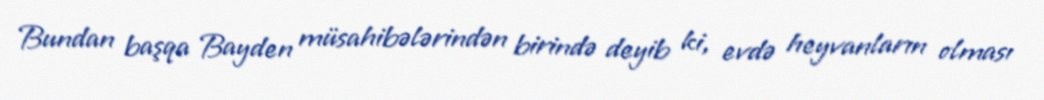
Bundan başqa Bayden müsahibələrindən birində deyib ki, evdə heyvanların olması